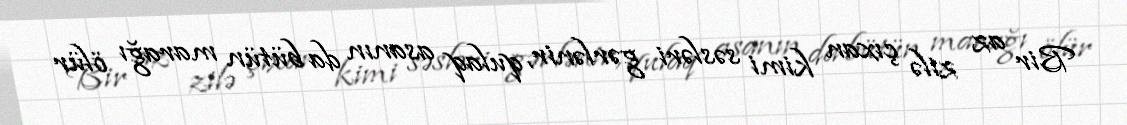
Bir az zilə çıxan kimi səsləri gərlənir, qulaq asanın da bütün marağı ölür